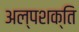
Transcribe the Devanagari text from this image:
अल्‍पशक्ति